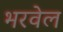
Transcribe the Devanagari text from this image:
भरवेल